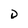
Character: D